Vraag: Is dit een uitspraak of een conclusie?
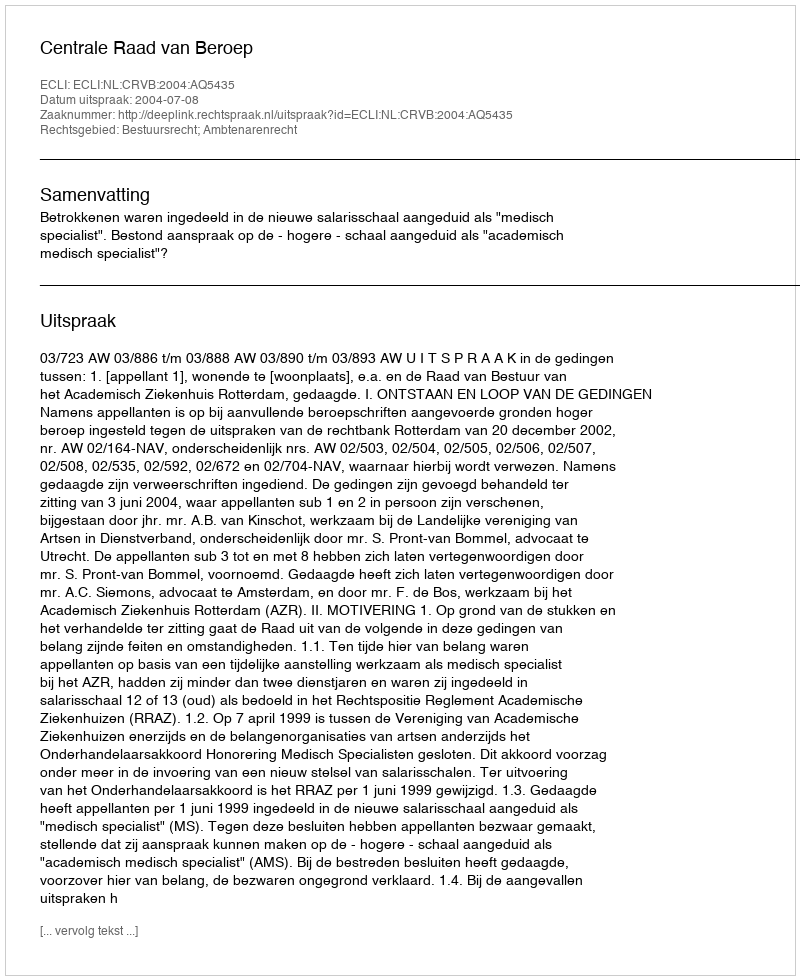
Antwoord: Uitspraak